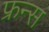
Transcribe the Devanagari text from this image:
फ्रन्स